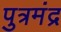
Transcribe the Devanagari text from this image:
पुत्रमंद्र